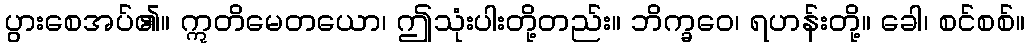
ပွားစေအပ်၏။ ဣတိမေတယော၊ ဤသုံးပါးတို့တည်း။ ဘိက္ခဝေ၊ ရဟန်းတို့။ ခေါ၊ စင်စစ်။